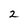
Character: 2